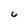
Character: 6